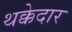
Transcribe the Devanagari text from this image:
थक्केदार